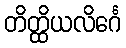
တိတ္ထိယလိင်္ဂေ